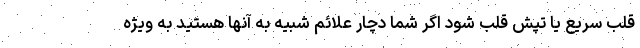
قلب سریع یا تپش قلب شود اگر شما دچار علائم شبیه به آنها هستید به ویژه